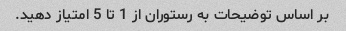
بر اساس توضیحات به رستوران از 1 تا 5 امتیاز دهید.